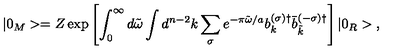
| 0 _ { M } > = Z \exp \left[ { \int _ { 0 } ^ { \infty } d \tilde { \omega } \int d ^ { n - 2 } k \sum _ { \sigma } e ^ { - \pi \tilde { \omega } / a } b _ { k } ^ { ( \sigma ) \dagger } \bar { b } _ { \tilde { k } } ^ { ( - \sigma ) \dagger } } \right] | 0 _ { R } > { , }